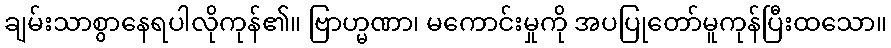
ချမ်းသာစွာနေရပါလိုကုန်၏။ ဗြာဟ္မဏာ၊ မကောင်းမှုကို အပပြုတော်မူကုန်ပြီးထသော။